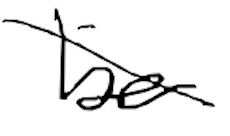
Text: be
Cross-out: diagonal
Writing tool: digital_black